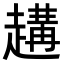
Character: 𧽝